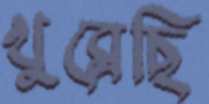
খুব্‌লেছি